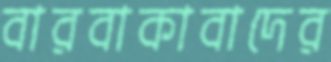
বারবাকাবাদের